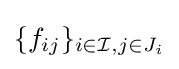
\{f_{ij}\}_{i\in {\mathcal {I}},j\in J_{i}}